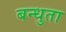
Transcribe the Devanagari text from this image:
बन्धुता